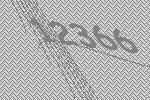
12366